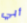
أبي